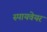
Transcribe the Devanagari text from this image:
स्पायवेयर